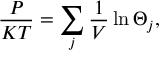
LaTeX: \frac { P } { K T } = \sum _ { j } \frac { 1 } { V } \ln \Theta _ { j } ,